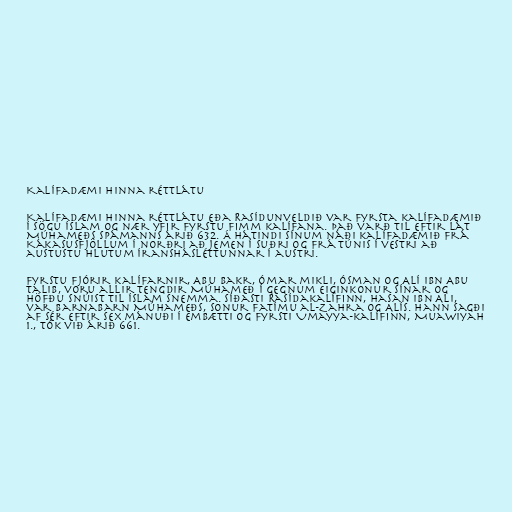
Kalífadæmi hinna réttlátu

Kalífadæmi hinna réttlátu eða Rasídunveldið var fyrsta kalífadæmið
í sögu Íslam og nær yfir fyrstu fimm kalífana. Það varð til eftir lát
Múhameðs spámanns árið 632. Á hátindi sínum náði kalífadæmið frá
Kákasusfjöllum í norðri að Jemen í suðri og frá Túnis í vestri að
austustu hlutum Íranshásléttunnar í austri.

Fyrstu fjórir kalífarnir, Abu Bakr, Ómar mikli, Ósman og Alí ibn Abu
Talib, voru allir tengdir Múhameð í gegnum eiginkonur sínar og
höfðu snúist til Íslam snemma. Síðasti Rasídakalífinn, Hasan ibn Ali,
var barnabarn Múhameðs, sonur Fatímu al-Zahra og Alís. Hann sagði
af sér eftir sex mánuði í embætti og fyrsti Umayya-kalífinn, Muawiyah
1., tók við árið 661.